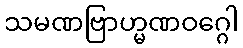
သမဏဗြာဟ္မဏဝဂ္ဂေါ